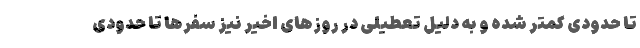
تا حدودی کمتر شده و به دلیل تعطیلی در روزهای اخیر نیز سفرها تا حدودی